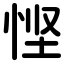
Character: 悭